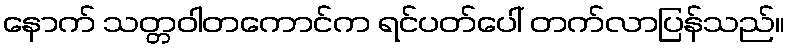
နောက် သတ္တဝါတကောင်က ရင်ပတ်ပေါ် တက်လာပြန်သည်။